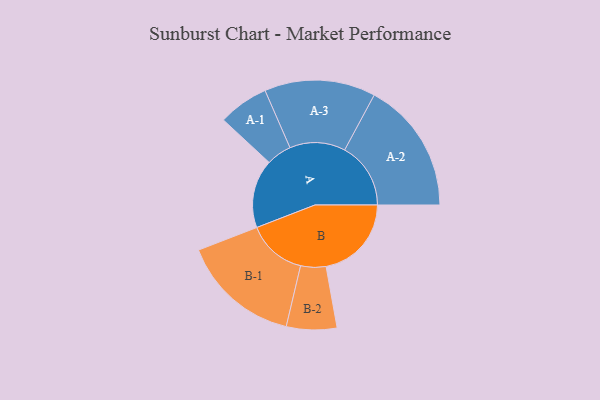
{"axis": {"x": "Segment", "y": "Value"}, "legend": ["", "A", "B"], "data": [{"x": "A", "y": 280, "type": ""}, {"x": "B", "y": 349, "type": ""}, {"x": "A-1", "y": 103, "type": "A"}, {"x": "A-2", "y": 270, "type": "A"}, {"x": "A-3", "y": 227, "type": "A"}, {"x": "B-1", "y": 243, "type": "B"}, {"x": "B-2", "y": 103, "type": "B"}]}